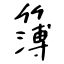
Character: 簿